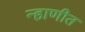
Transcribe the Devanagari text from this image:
न्हाणीत